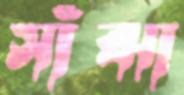
সাঁঝা